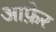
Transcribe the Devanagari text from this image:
आफ़ेर